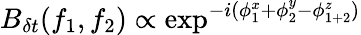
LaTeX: B_{\delta t}(f_{1},f_{2})\propto\exp^{-i(\phi_{1}^{x}+\phi_{2}^{y}-\phi_{1+2}^{z})}